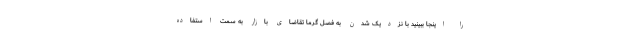
را اینجا ببینید با نزدیک شدن به فصل گرما تقاضای بازار به سمت استفاده